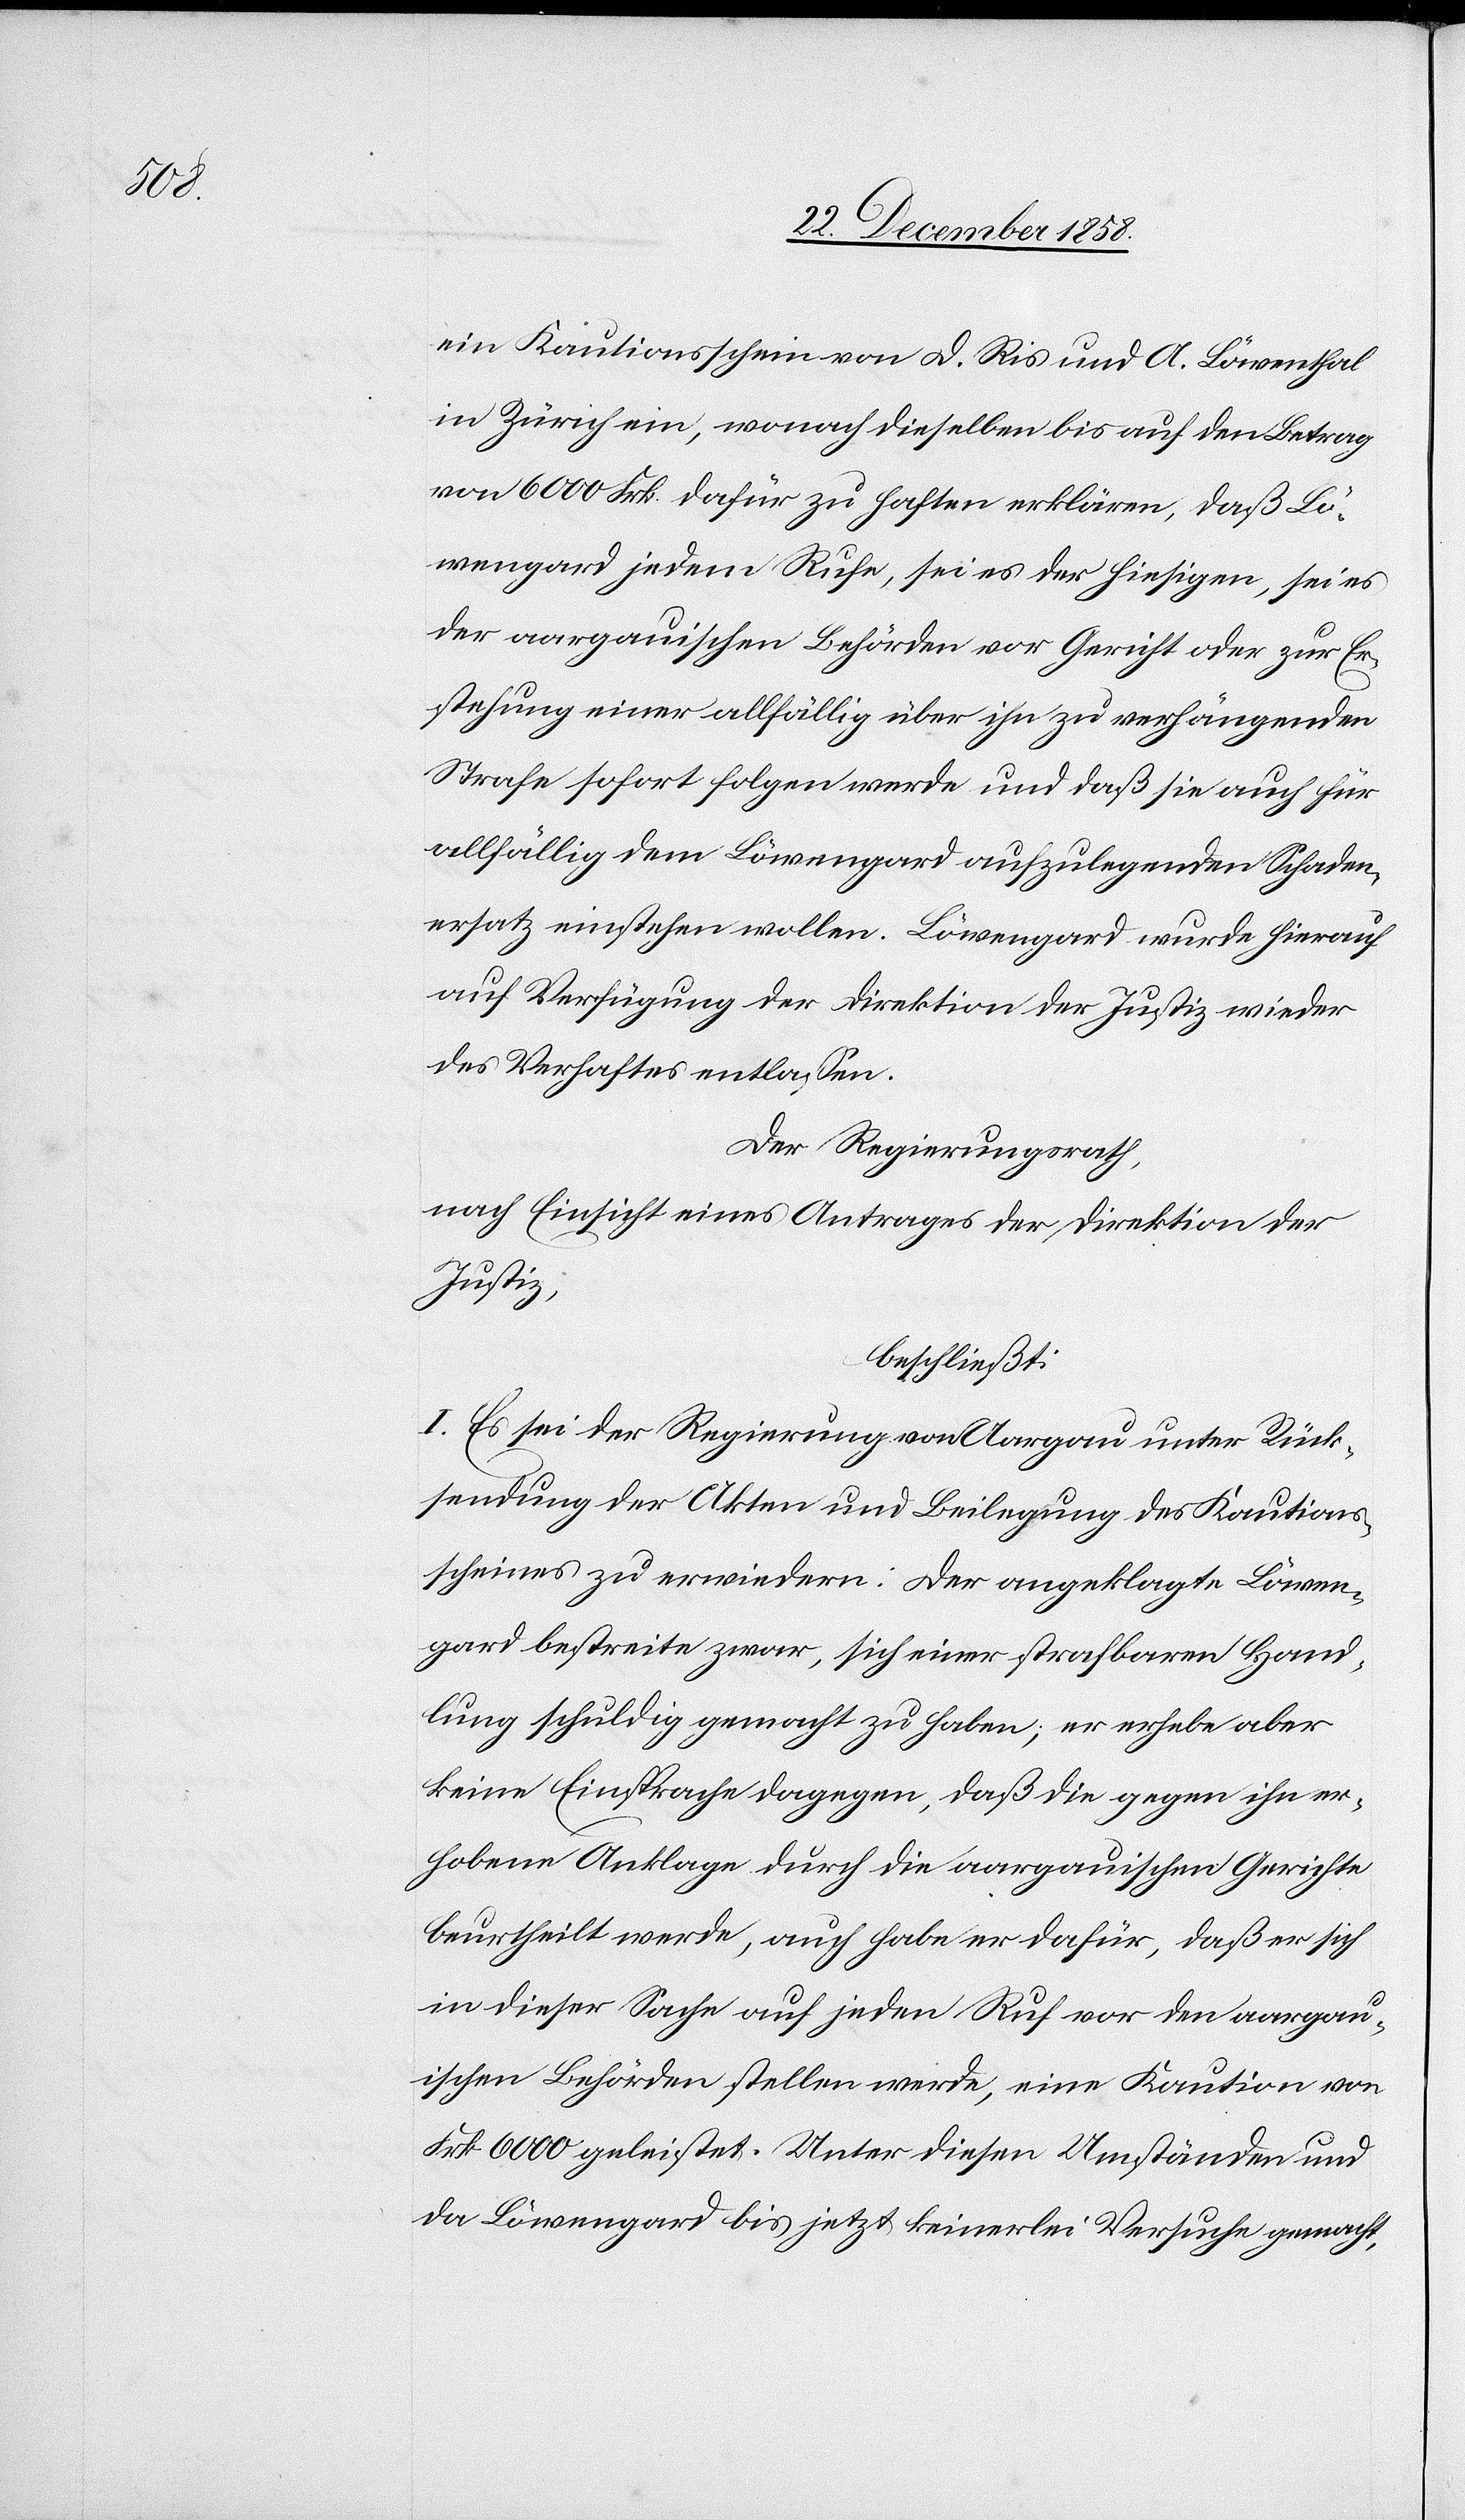
der

des Regierungsrathes
nach Einsicht eines Antrages der Direktion des
ermächtigt,